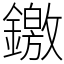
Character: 䥞